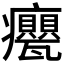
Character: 𭼹